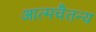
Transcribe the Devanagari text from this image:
आत्मचैतन्य